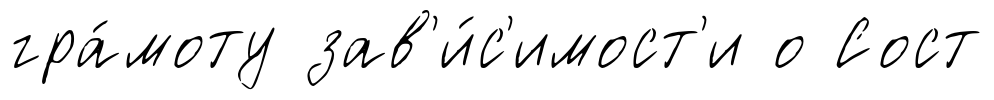
гра́моту зав'и́с'имост'и о Сост